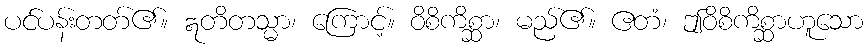
ပင်ပန်းတတ်၏။ ဣတိတသ္မာ၊ ကြောင့်။ ဝိစိကိစ္ဆာ၊ မည်၏။ ဧတံ၊ ဤဝိစိကိစ္ဆာဟူသော